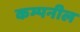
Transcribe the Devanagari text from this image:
कम्पनील